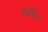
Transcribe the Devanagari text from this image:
बेजेर्निक